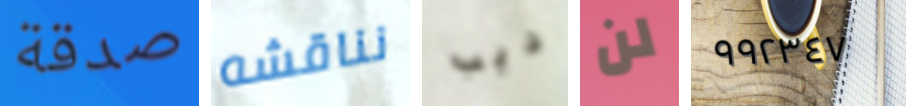
صدقة نناقشه ديب لن ٩٩٢٣٤٧